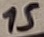
Text: 15